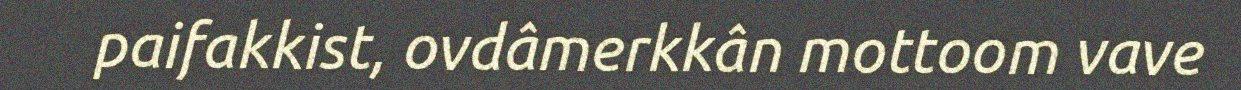
paifakkist, ovdâmerkkân mottoom vave